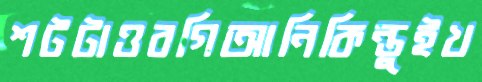
শটটাওবগিআনিকিন্তুইখ